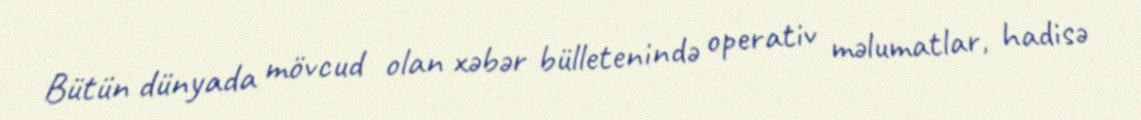
Bütün dünyada mövcud olan xəbər bülletenində operativ məlumatlar, hadisə